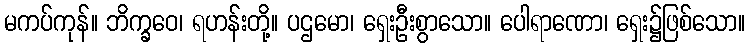
မကပ်ကုန်။ ဘိက္ခဝေ၊ ရဟန်းတို့။ ပဌမော၊ ရှေးဦးစွာသော။ ပေါရာဏော၊ ရှေး၌ဖြစ်သော။